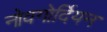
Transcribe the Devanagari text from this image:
नोवगोर्दियन